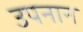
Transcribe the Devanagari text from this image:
उपनान